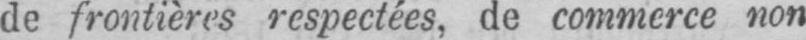
de frontières respectées, de commerce non